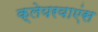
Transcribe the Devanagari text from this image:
क्लेयरवाएंस